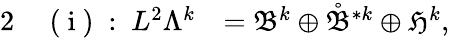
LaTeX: \begin{array}{rlr}{{2}}&{{}\mathrm{~(~i~)~:~}L^{2}\Lambda^{k}}&{=\mathfrak{B}^{k}\oplus\mathring{\mathfrak{B}}^{\ast k}\oplus\mathfrak{H}^{k},}\end{array}